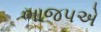
ભાજપએ